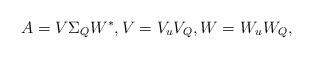
LaTeX: \begin{align*} A = V \Sigma_Q W^{*}, V = V_u V_Q, W = W_u W_Q,\end{align*}